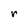
Character: r